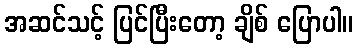
အဆင်သင့် ပြင်ပြီးတော့ ချိစ် ပြောပါ။